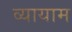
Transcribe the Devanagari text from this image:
व्‍यायाम